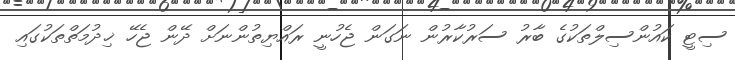
ސިޓީ ކައުންސިލްތަކުގެ ބާރު ސަރުކާރުން ނަގަން ޖެހުނީ ރައްޔިތުންނަށް ދޭން ޖެހޭ ޚިދުމަތްތަކުގައި